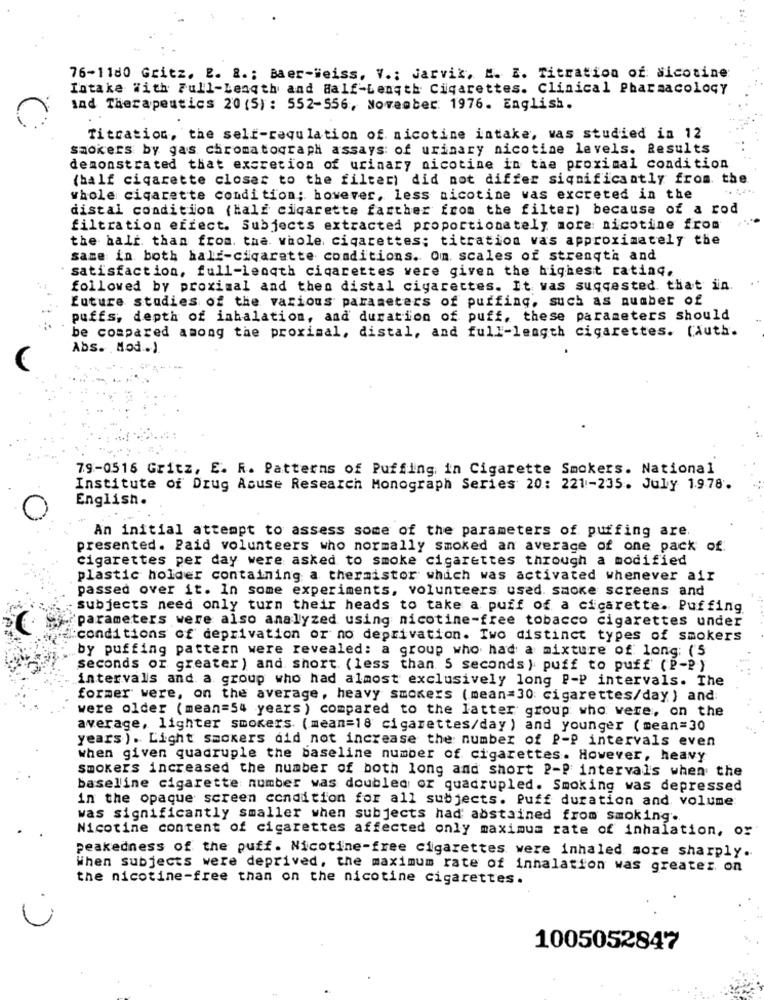
76-1180 Gritz. E. 8 .; Baer-Weiss, V .: Jarvik, E. E. Titration of Nicotine
Intake With Full-Length and Half-Length Cigarettes. Clinical Pharmacology
and Therapeutics 20 (5) : 552-556, November 1976. English.
Titration, the self-regulation of nicotine intake, was studied in 12
smokers by gas chromatograph assays: of urinary nicotine levels. Results
demonstrated that excretion of urinary nicotine in the proximal condition
(half cigarette closer to the filter) did not differ significantly from the
whole cigarette condition; however, less nicotine vas excreted in the
distal condition (Half cigarette farther from the filter) because of a rod
filtration effect. Subjects extracted proportionately more: nicotine from
the halt. than from. the whole cigarettes; titration vas approximately the
same in both half-cigarette conditions. On scales of strength and
satisfaction, full-length cigarettes vere given the highest rating.
followed by proximal and then distal cigarettes. It was suggested that in.
future studies of the various parameters of puffing, such as number of
puffs, depth of inhalation, and duration of puff, these parameters should
be compared among the proximal, distal, and full-length cigarettes. [Auth.
Abs. Mod .. )
79-0516 Gritz, E. R. Patterns of Puffing in Cigarette Smokers. National
Institute of Drug Acuse Research Monograph Series 20: 221-235. July 1978.
English.
An initial attempt to assess some of the parameters of puffing are.
presented. Paid volunteers who normally smoked an average of one pack of:
cigarettes per day were asked to smoke cigarettes through a modified
plastic holder containing a thermistor which was activated whenever air
passed over it. In some experiments, volunteers used. smoke screens and
subjects need only turn their heads to take a puff of a cicarette. Puffing
parameters were also analyzed using nicotine-free tobacco cigarettes under
conditions of deprivation or no deprivation. Iwo distinct types of smokers
by puffing pattern were revealed: a group who had a mixture of long: (5
seconds or greater ) and short (less than 5 seconds ) puff to puff (P-2)
intervals and a group who had almost exclusively long P-P intervals. The
former were, on the average, heavy smokers (mean=30 cigarettes/day) and
were older (mean=54 years ) compared to the latter group who were, on the
average, lighter smokers (mean=18 cigarettes/day ) and younger ( mean=30
years ). Light smokers did not increase the number of P-P intervals even
when given quadruple the baseline number of cigarettes. However, heavy
smokers increased the number of both long and short ?-? intervals when the
baseline cigarette number was doubled or quadrupled. Smoking was depressed
in the opaque screen condition for all subjects. Puff duration and volume
was significantly smaller when subjects had' abstained from smoking'.
Nicotine content of cigarettes affected only maximum rate of inhalation, or
peakedness of the puff. Nicotine-free cigarettes were inhaled more sharply.
When subjects were deprived, the maximum rate of inhalation was greater. on
the nicotine-free than on the nicotine cigarettes.
1005052847